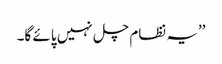
’’یہ نظام چل نہیں پائے گا۔